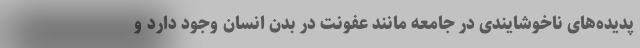
پدیده‌های ناخوشایندی در جامعه مانند عفونت در بدن انسان وجود دارد و